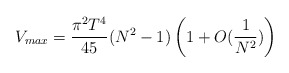
\begin{align*}V_{max}={\pi^2 T^4\over {45}}(N^2-1)\left(1+O({1\over {N^2}})\right)\end{align*}